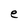
Character: e